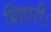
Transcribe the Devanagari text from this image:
बिहारी।